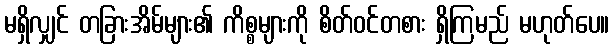
မရှိလျှင် တခြားအိမ်များ၏ ကိစ္စများကို စိတ်ဝင်တစား ရှိကြမည် မဟုတ်ပေ။